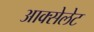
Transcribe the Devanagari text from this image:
आक्सेलेट